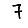
Digit: 7